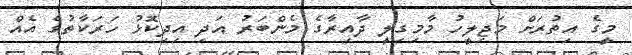
މީގެ އިތުރަށް މަޖިލީހު މާމިގިލީ ދާއިރާގެ މެންބަރު އަދި އިދިކޮޅު ހަރަކާތުގެ އެއް